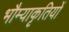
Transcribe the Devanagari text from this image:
भौम्याकृतियों